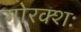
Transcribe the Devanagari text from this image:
गोरक्शः